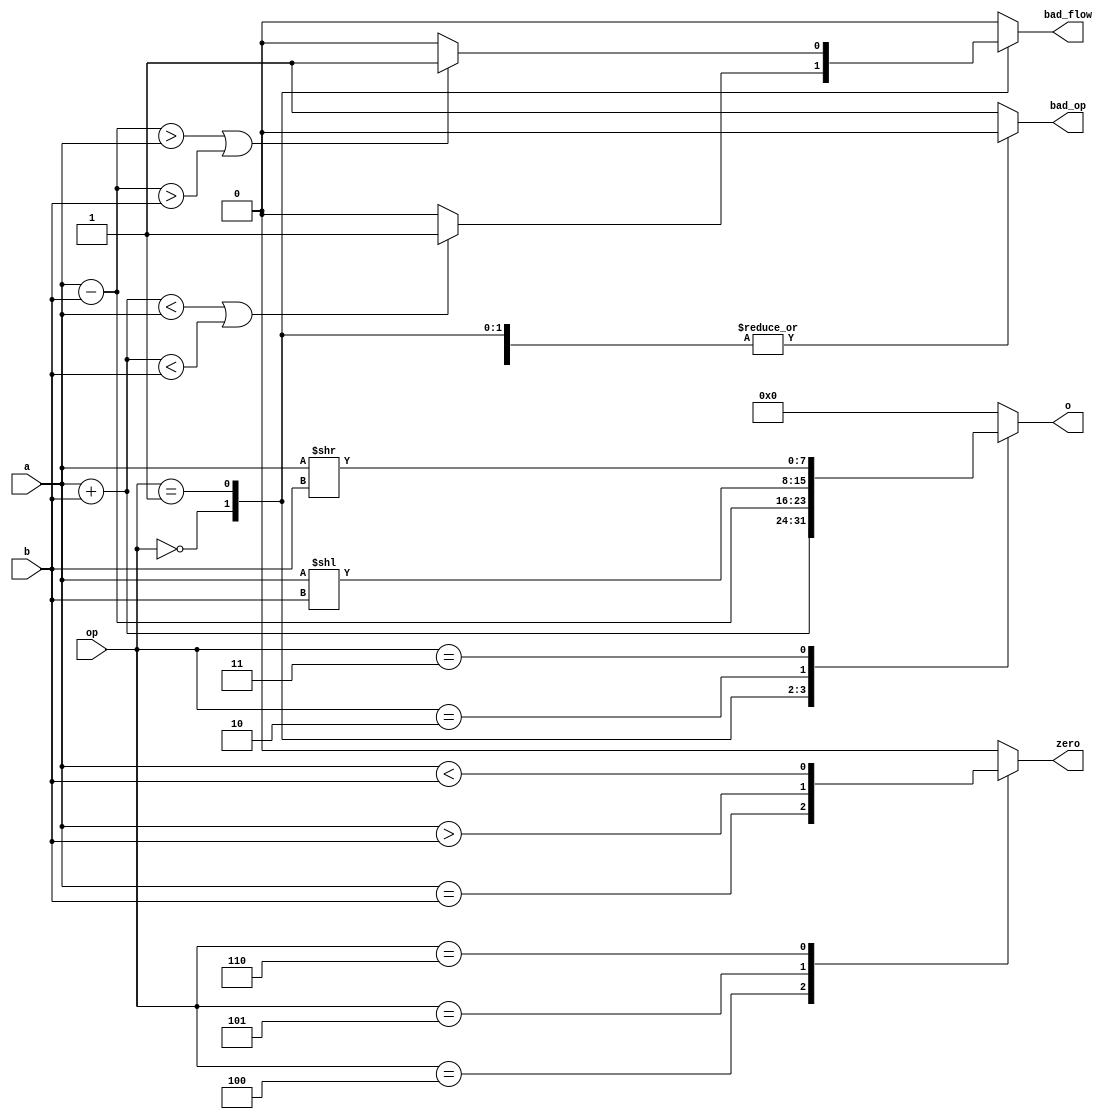
`timescale 1ns / 1ps
//////////////////////////////////////////////////////////////////////////////////
// Company: 
// Engineer: 
// 
// Design Name: 
// Module Name: ALU
// Project Name: 
// Target Devices: 
// Tool Versions: 
// Description: 
// 
// Dependencies: 
// 
// Revision:
// Revision 0.01 - File Created
// Additional Comments:
// 
//////////////////////////////////////////////////////////////////////////////////


module ALU #(parameter N = 8) (
    output reg [N-1:0] o,
    output reg bad_flow,
    output reg bad_op,
    output reg zero,
    input [N-1:0] a,
    input [N-1:0] b,
    input [3:0] op
    );
    always @(*) begin
        bad_op = 0;
        bad_flow = 0;
        o = {N{1'b0}};
        zero = 1'b0;
        case (op)
            0: begin
                o = a + b;
                if (o < a || o < b)
                    bad_flow = 1;
            end
            1: begin
                o = a - b;
                if (o > a || o > b)
                    bad_flow = 1;
            end
            2: o = a << b;
            3: o = a >> b;
            4: zero = a == b;
            5: zero = a > b;
            6: zero = a < b;
            default: bad_op = 1;
        endcase
    end
endmodule